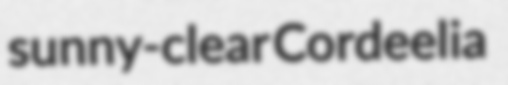
sunny-clear Cordeelia